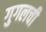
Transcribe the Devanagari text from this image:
गुगलची